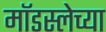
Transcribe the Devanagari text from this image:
मॉडस्लेच्या